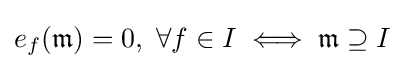
e_{f}({\mathfrak {m}})=0,\ \forall f\in I\iff {\mathfrak {m}}\supseteq I